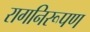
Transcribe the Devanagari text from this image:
रागनिरूपण